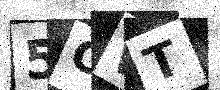
Text: 5OWT